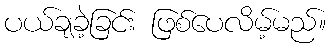
ပယ်ချခဲ့ခြင်း ဖြစ်ပေလိမ့်မည်။